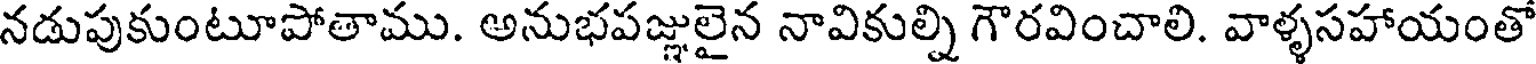
నడుపుకుంటూపోతాము. అనుభపజ్ఞులైన నావికుల్ని గౌరవించాలి. వాళ్ళసహాయంతో